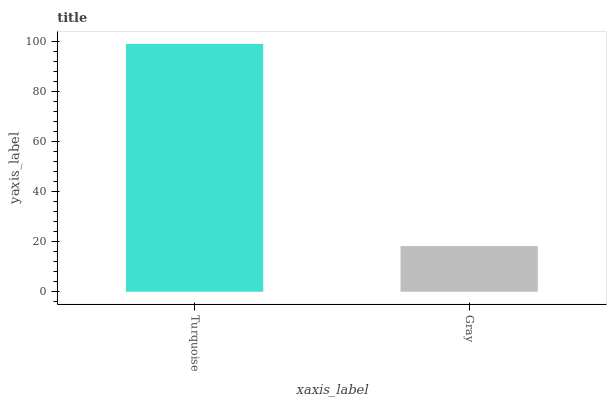
| xaxis_label | bars |
 | --- | --- |
 | Turquoise | 99 |
 | Gray | 18.2 |